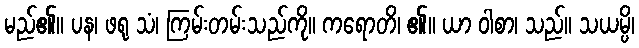
မည်၏။ ပန၊ ဖရု သံ၊ ကြမ်းတမ်းသည်ကို။ ကရောတိ၊ ၏။ ယာ ဝါစာ၊ သည်။ သယမ္ပိ၊